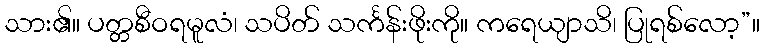
သား၏။ ပတ္တစီဝရမူလံ၊ သပိတ် သင်္ကန်းဖိုးကို။ ကရေယျာသိ၊ ပြုရစ်လော့”။